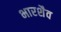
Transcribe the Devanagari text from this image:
भारशैव